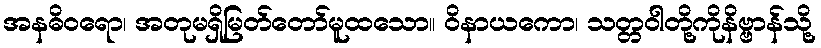
အနဓိဝရော၊ အတုမရှိမြတ်တော်မူထသော။ ဝိနာယကော၊ သတ္တဝါတို့ကိုနိဗ္ဗာန်သို့